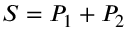
S = P _ { 1 } + P _ { 2 }